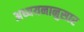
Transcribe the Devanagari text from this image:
अध्ययनानुसार